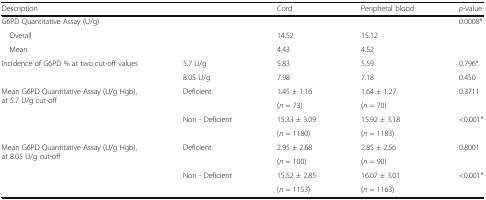
<table><thead><tr><td colspan="2"><b>Description</b></td><td><b>Cord</b></td><td><b>Peripheral blood</b></td><td><b><i>p</i>-value</b></td></tr></thead><tbody><tr><td colspan="2">G6PD Quantitative Assay (U/g)</td><td></td><td></td><td rowspan="3">0.0008*</td></tr><tr><td colspan="2"> Overall</td><td>14.52</td><td>15.12</td></tr><tr><td colspan="2"> Mean</td><td>4.43</td><td>4.52</td></tr><tr><td rowspan="2">Incidence of G6PD % at two cut-off values</td><td>5.7 U/g</td><td>5.83</td><td>5.59</td><td>0.796<sup>a</sup></td></tr><tr><td>8.05 U/g</td><td>7.98</td><td>7.18</td><td>0.450</td></tr><tr><td rowspan="4">Mean G6PD Quantitative Assay (U/g Hgb), at 5.7 U/g cut-off</td><td rowspan="2">Deficient</td><td>1.45 ± 1.16</td><td>1.64 ± 1.27</td><td rowspan="2">0.3711</td></tr><tr><td>(<i>n</i> = 73)</td><td>(<i>n</i> = 70)</td></tr><tr><td rowspan="2">Non - Deficient</td><td>15.33 ± 3.09</td><td>15.92 ± 3.18</td><td rowspan="2">&lt;0.001*</td></tr><tr><td>(<i>n</i> = 1180)</td><td>(<i>n</i> = 1183)</td></tr><tr><td rowspan="4">Mean G6PD Quantitative Assay (U/g Hgb), at 8.05 U/g cut-off</td><td rowspan="2">Deficient</td><td>2.95 ± 2.68</td><td>2.85 ± 2.56</td><td rowspan="2">0.8001</td></tr><tr><td>(<i>n</i> = 100)</td><td>(<i>n</i> = 90)</td></tr><tr><td rowspan="2">Non - Deficient</td><td>15.52 ± 2.85</td><td>16.07 ± 3.01</td><td rowspan="2">&lt;0.001*</td></tr><tr><td>(<i>n</i> = 1153)</td><td>(<i>n</i> = 1163)</td></tr></tbody></table>